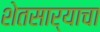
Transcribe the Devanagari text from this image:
शेतसार्‍याचा